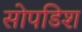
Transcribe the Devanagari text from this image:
सोपडिश